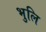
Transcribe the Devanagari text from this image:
भुलि